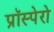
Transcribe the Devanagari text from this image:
प्रॉस्पेरो